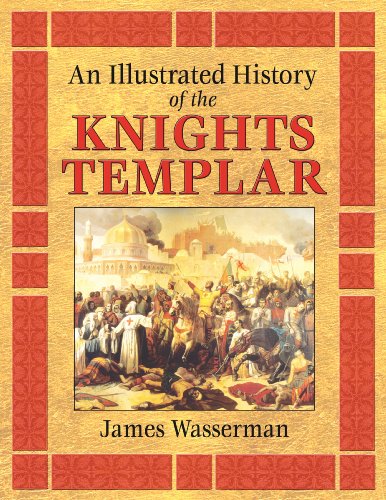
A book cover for An Illustrated History of the Knights Templar; James Wasserman; Religion & Spirituality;